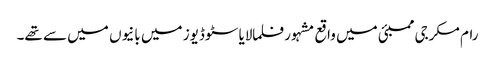
رام مکرجی ممبئی میں واقع مشہور فلمالایا سٹوڈیوز میں بانیوں میں سے تھے۔